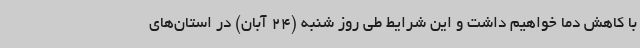
با کاهش دما خواهیم داشت و این شرایط طی روز شنبه (24 آبان) در استان‌های